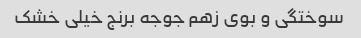
سوختگی و بوی زهم جوجه برنج خیلی خشک